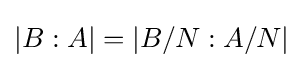
|B:A|=|B/N:A/N|